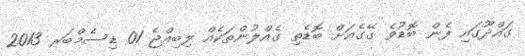
ގައްދޫގައި ފެން ބޮޑުވެ ގޭގެއަށް ބޮޑެތި ގެއްލުންތަކެއް ލިބިއްޖެ 01 ޑިސެމްބަރ 2013